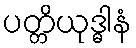
ပတ္တိယုဒ္ဓါနံ